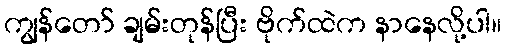
ကျွန်တော် ချမ်းတုန်ပြီး ဗိုက်ထဲက နာနေလို့ပါ။